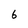
Character: 6